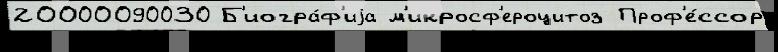
20000090030 Б'иогра́ф'иjа м'икросф'ероцитоз Проф'е́ссор